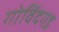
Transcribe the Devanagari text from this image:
गोविंदगड